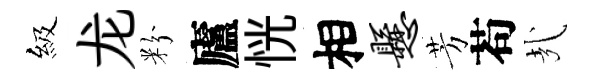
級龙粉廬恍相悬芳苟㢤